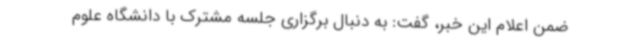
ضمن اعلام این خبر، گفت: به دنبال برگزاری جلسه مشترک با دانشگاه علوم